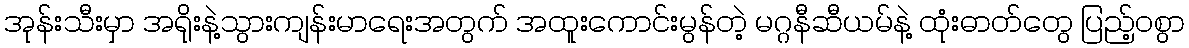
အုန်းသီးမှာ အရိုးနဲ့သွားကျန်းမာရေးအတွက် အထူးကောင်းမွန်တဲ့ မဂ္ဂနီဆီယမ်နဲ့ ထုံးဓာတ်တွေ ပြည့်ဝစွာ